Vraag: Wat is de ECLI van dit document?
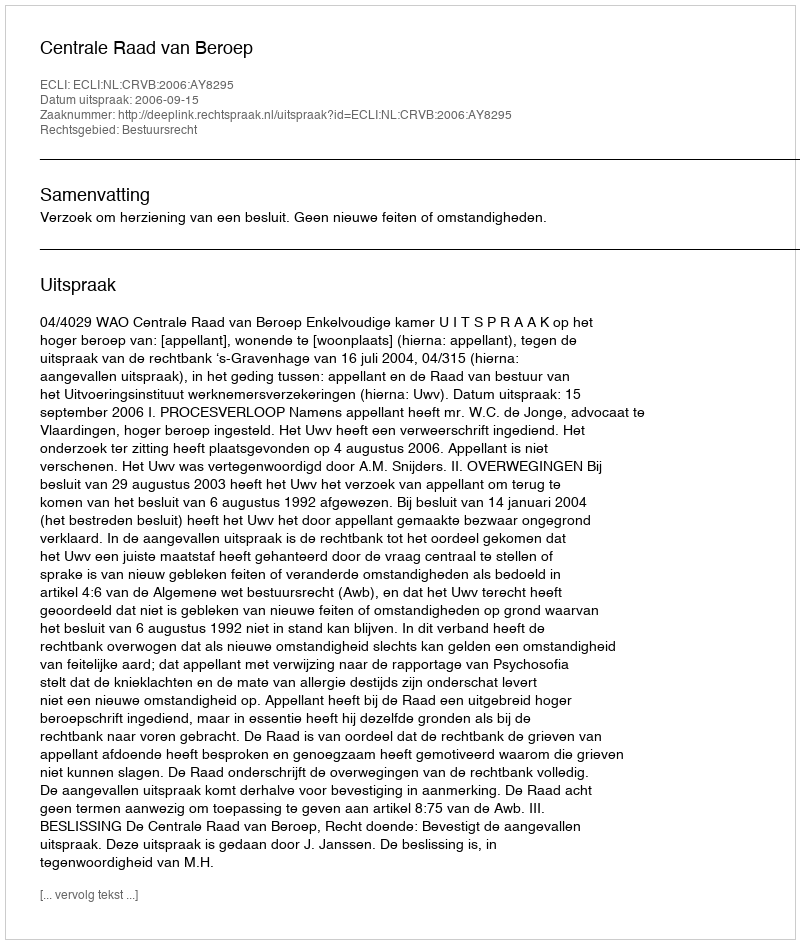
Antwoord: ECLI:NL:CRVB:2006:AY8295